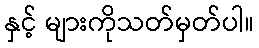
နှင့် များကိုသတ်မှတ်ပါ။